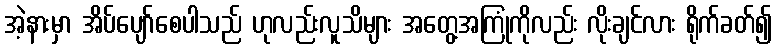
အဲ့နားမှာ အိပ်ပျော်စေပါသည် ဟုလည်းလူသိများ အတွေ့အကြုံကိုလည်း လိုးချင်လား ရိုက်ခတ်၍